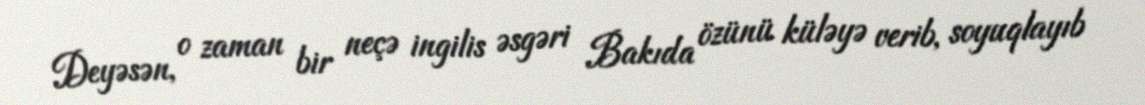
Deyəsən, o zaman bir neçə ingilis əsgəri Bakıda özünü küləyə verib, soyuqlayıb